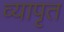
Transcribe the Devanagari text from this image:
व्यापृत